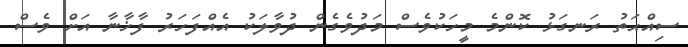
ސިއްޙަތު ރަނގަޅު ކޮންމެ މީހަކުވެސް މަދުވެގެން ދުވާލަކު އެއްފަހަރު ފާޚާނާ އަށް ވެސް